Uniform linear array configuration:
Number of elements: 4
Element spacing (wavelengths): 0.5
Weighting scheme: binomial
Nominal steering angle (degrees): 30
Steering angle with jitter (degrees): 28.132
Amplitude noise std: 0.05
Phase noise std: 0.05

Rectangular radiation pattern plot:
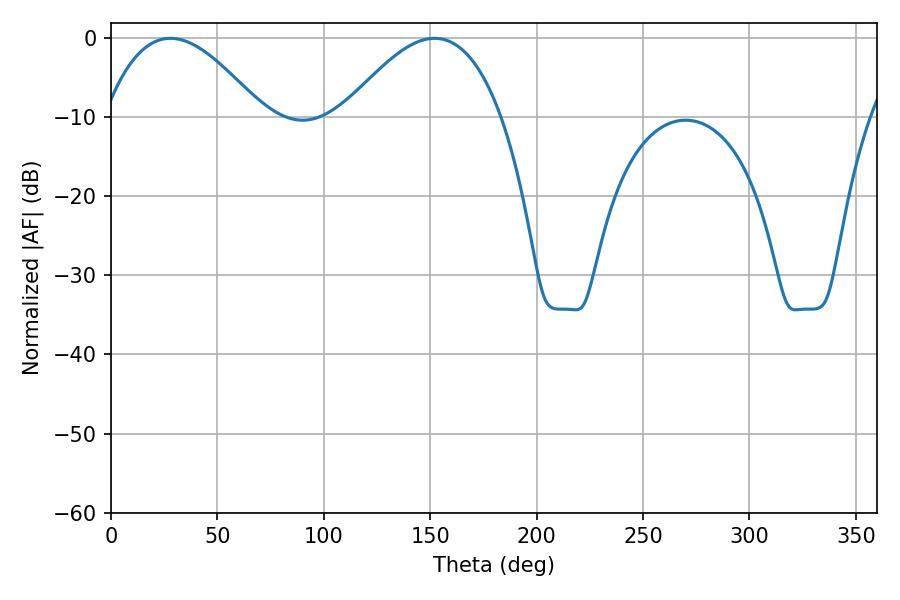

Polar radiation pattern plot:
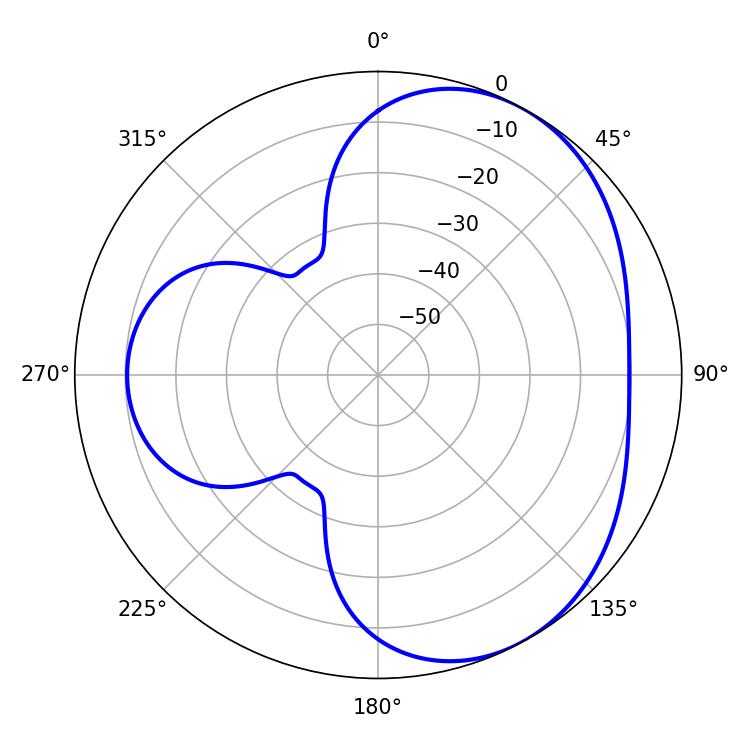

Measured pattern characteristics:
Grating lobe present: FALSE
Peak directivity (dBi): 4.245
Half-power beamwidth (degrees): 40.5
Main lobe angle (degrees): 27.9